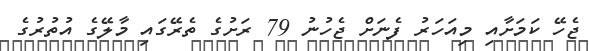
ޖެހޭ ކަމަށާއި މިއަހަރު ފެނަށް ޖެހުނު 79 ރަށުގެ ތެރޭގައި މާލޭގެ އުތުރުގެ